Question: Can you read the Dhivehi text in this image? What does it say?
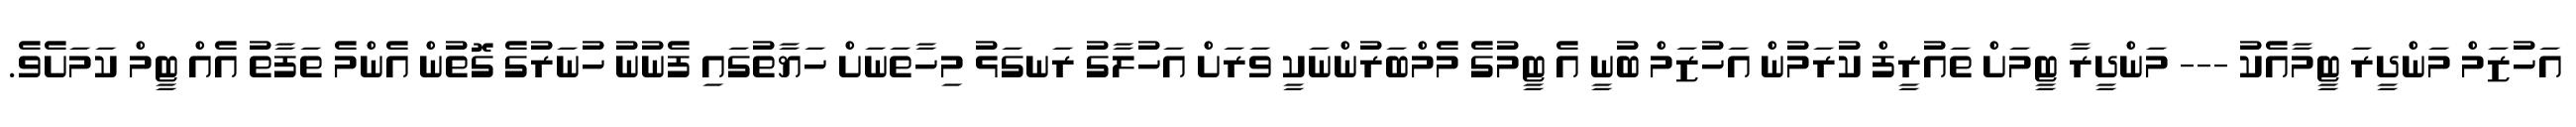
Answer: އަހުޒަމް މަންދީރަ ޓީމާއެކު --- މަންދީރާ ޓީމަށް ތައުރީފް ކުރަމުން އަހުޒަމް ބުނީ އެ ޓީމުގެ މެމްބަރުންނަކީ ވަރަށް އަހުލާގު ރަނގަޅު މިހާތަނަށް ހަޔާތުގައި ފެނުނު ހުނަރުގެ ގޮތުން އެންމެ ތަފާތު އެއް ޓީމް ކަމަށެވެ.